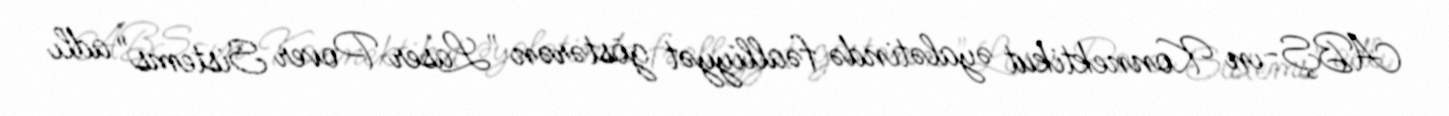
ABŞ-ın Konnektikut əyalətində fəalliyyət göstərən "Laser Pover Sistems" adlı